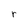
Character: r